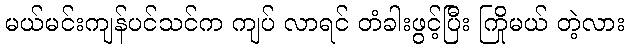
မယ်မင်းကျန်ပင်သင်က ကျပ် လာရင် တံခါးဖွင့်ပြီး ကြိုမယ် တဲ့လား